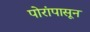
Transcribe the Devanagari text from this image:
पोरांपासून